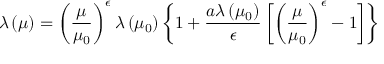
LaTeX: \lambda \left( \mu \right) = \left( \frac { \mu } { \mu _ { 0 } } \right) ^ { \epsilon } \lambda \left( \mu _ { 0 } \right) \left\{ 1 + \frac { a \lambda \left( \mu _ { 0 } \right) } { \epsilon } \left[ \left( \frac { \mu } { \mu _ { 0 } } \right) ^ { \epsilon } - 1 \right] \right\}